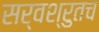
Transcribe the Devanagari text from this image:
सर्वश्रुतच